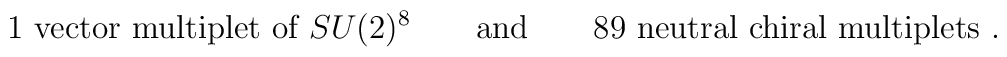
\mbox{1 vector multiplet of }SU(2)^8 \qquad \mbox{and} \qquad\mbox{89 neutral chiral multiplets .}